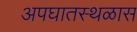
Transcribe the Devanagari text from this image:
अपघातस्थळास